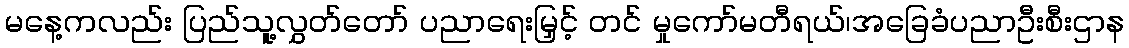
မနေ့ကလည်း ပြည်သူ့လွှတ်တော် ပညာရေးမြှင့် တင် မှုကော်မတီရယ်၊အခြေခံပညာဦးစီးဌာန